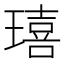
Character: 𤩠